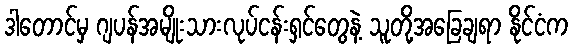
ဒါတောင်မှ ဂျပန်အမျိုးသားလုပ်ငန်းရှင်တွေနဲ့ သူတို့အခြေချရာ နိုင်ငံက